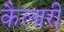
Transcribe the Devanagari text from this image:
कैलारी